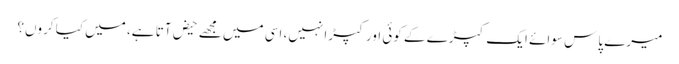
میرے پاس سوائے ایک کپڑے کے کوئی اور کپڑا نہیں، اسی میں مجھے حیض آتا ہے، میں کیا کروں؟